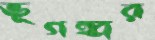
ভূগহ্বর